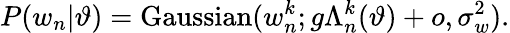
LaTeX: P(w_{n}|\vartheta)=\mathrm{Gaussian}(w_{n}^{k};g\Lambda_{n}^{k}(\vartheta)+o,\sigma_{w}^{2}).